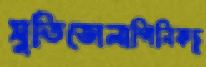
সুতিভোলাগিনিকচু